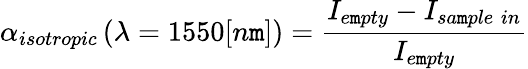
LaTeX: \alpha_{isotropic}\left(\lambda=1550[n\mathtt{m}]\right)=\frac{{I_{e\mathtt{m}pty}-I_{sa\mathtt{m}ple\; in}}}{{I_{e\mathtt{m}pty}}}